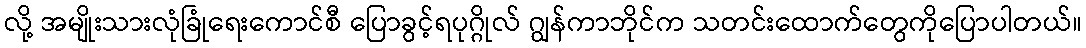
လို့ အမျိုးသားလုံခြုံရေးကောင်စီ ပြောခွင့်ရပုဂ္ဂိုလ် ဂျွန်ကာဘိုင်က သတင်းထောက်တွေကိုပြောပါတယ်။